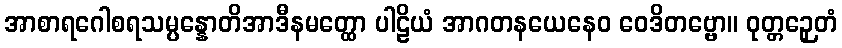
အာစာရဂေါစရသမ္ပန္နောတိအာဒီနမတ္ထော ပါဠိယံ အာဂတနယေနေဝ ဝေဒိတဗ္ဗော။ ဝုတ္တဉှေတံ